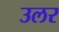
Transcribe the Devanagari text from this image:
उलर